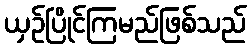
ယှဉ်ပြိုင်ကြမည်ဖြစ်သည်